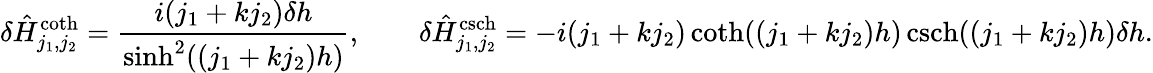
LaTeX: \delta\hat{H}_{j_{1},j_{2}}^{\coth}=\frac{i(j_{1}+kj_{2})\delta h}{\sinh^{2}((j_{1}+kj_{2})h)},\qquad\delta\hat{H}_{j_{1},j_{2}}^{\operatorname{csch}}=-i(j_{1}+kj_{2})\coth((j_{1}+kj_{2})h)\operatorname{csch}((j_{1}+kj_{2})h)\delta h.